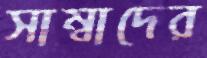
সাম্বাদের